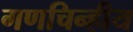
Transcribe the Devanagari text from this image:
गणचिन्हीय